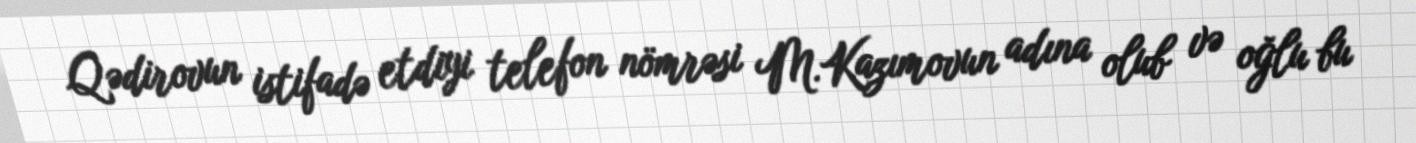
Qədirovun istifadə etdiyi telefon nömrəsi M.Kazımovun adına olub və oğlu bu